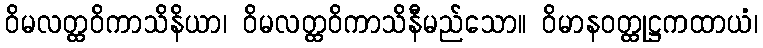
ဝိမလတ္ထဝိကာသိနိယာ၊ ဝိမလတ္ထဝိကာသိနီမည်သော။ ဝိမာနဝတ္ထုဋ္ဌကထာယံ၊